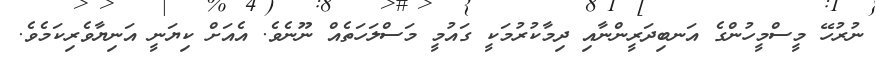
ނުރުހޭ މީސްމީހުންގެ އަނބިދަރީންނާއި ދިމާކުރުމަކީ ގައުމީ މަސްލަހަތެއް ނޫނެވެ. އެއަށް ކިޔަނީ އަނިޔާވެރިކަމެވެ.